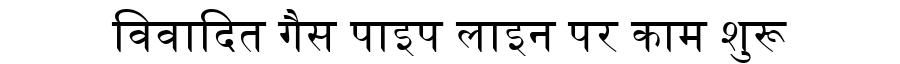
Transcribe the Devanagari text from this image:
विवादित गैस पाइप लाइन पर काम शुरू